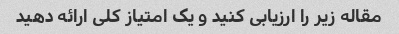
مقاله زیر را ارزیابی کنید و یک امتیاز کلی ارائه دهید